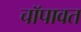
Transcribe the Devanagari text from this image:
चॉपावत